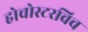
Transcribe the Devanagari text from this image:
होचोस्टरविच